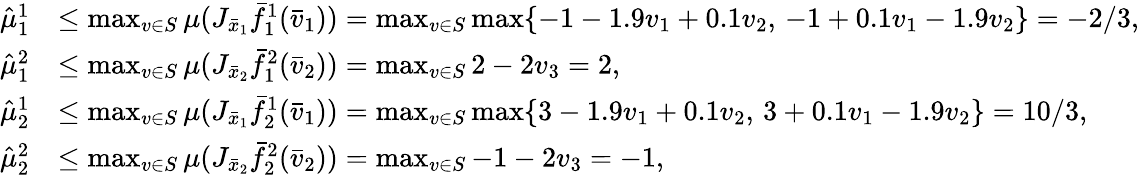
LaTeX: \begin{array}{rl}{\hat{\mu}_{1}^{1}}&{\leq\operatorname*{max}_{v\in S}\mu(J_{\bar{x}_{1}}\bar{f}_{1}^{1}(\bar{v}_{1}))=\operatorname*{max}_{v\in S}\operatorname*{max}\{ -1-1.9v_{1}+0.1v_{2},\, -1+0.1v_{1}-1.9v_{2}\} =-2/3,}\\ {\hat{\mu}_{1}^{2}}&{\leq\operatorname*{max}_{v\in S}\mu(J_{\bar{x}_{2}}\bar{f}_{1}^{2}(\bar{v}_{2}))=\operatorname*{max}_{v\in S}2-2v_{3}=2,}\\ {\hat{\mu}_{2}^{1}}&{\leq\operatorname*{max}_{v\in S}\mu(J_{\bar{x}_{1}}\bar{f}_{2}^{1}(\bar{v}_{1}))=\operatorname*{max}_{v\in S}\operatorname*{max}\{ 3-1.9v_{1}+0.1v_{2},\, 3+0.1v_{1}-1.9v_{2}\} =10/3,}\\ {\hat{\mu}_{2}^{2}}&{\leq\operatorname*{max}_{v\in S}\mu(J_{\bar{x}_{2}}\bar{f}_{2}^{2}(\bar{v}_{2}))=\operatorname*{max}_{v\in S}-1-2v_{3}=-1,}\end{array}